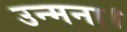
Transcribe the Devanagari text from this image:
उन्मना।